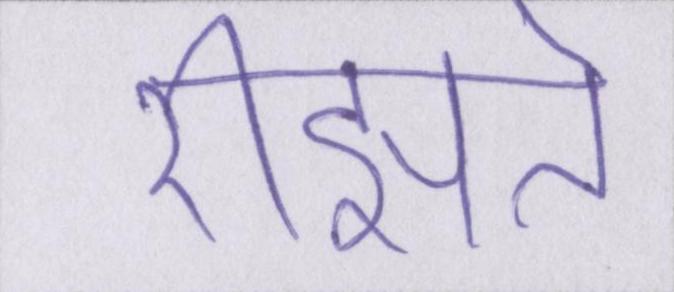
रीझते